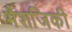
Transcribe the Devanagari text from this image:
भैशजिकी